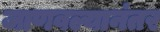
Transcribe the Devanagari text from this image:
जाणवल्यानंतर